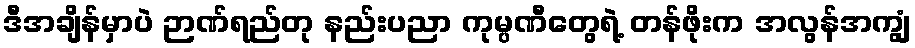
ဒီအချိန်မှာပဲ ဉာဏ်ရည်တု နည်းပညာ ကုမ္ပဏီတွေရဲ့ တန်ဖိုးက အလွန်အကျွံ